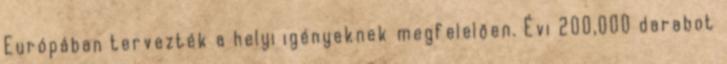
Európában tervezték a helyi igényeknek megfelelően. Évi 200.000 darabot